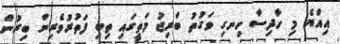
އިއްޔެ މި ހާދިސާ ހިނގި ވަގުތު ބްރިޖު މަތީގައި ތިބި ފަތުރުވެރިން ބިރުން